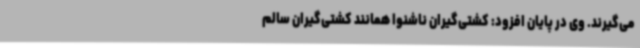
می‌گیرند. وی در پایان افزود: کشتی‌گیران ناشنوا همانند کشتی‌گیران سالم